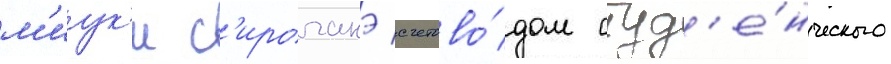
м'иук'и с'ироганэ счетово́дом студ'е́нческого